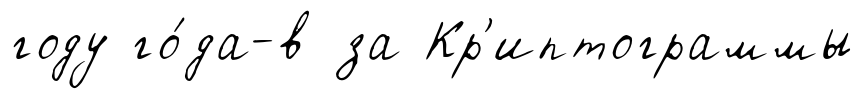
году го́да-в за Кр'иптограммы